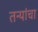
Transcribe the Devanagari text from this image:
तन्यांचा